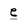
Character: e